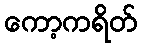
ကော့ကရိတ်